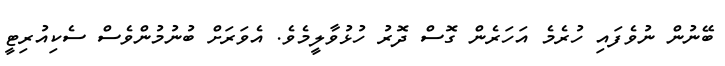
ބޭނުން ނުވެފައި ހުރެމެ އަހަރެން ގޮސް ދޮރު ހުޅުވާލީމެވެ. އެވަރަށް ބުނުމުންވެސް ސެކިއުރިޓީ